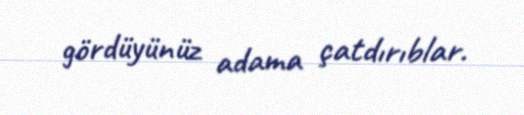
gördüyünüz adama çatdırıblar.